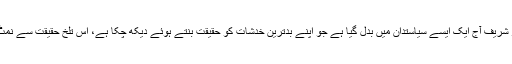
سن دو ہزار میں سیاسی تکالیف سے منہ پھیر لینے والا نواز شریف آج ایک ایسے سیاستدان میں بدل گیا ہے جو اپنے بدترین خدشات کو حقیقت بنتے ہوئے دیکھ چکا ہے، اس تلخ حقیقت سے نمٹ چکا ہے اور اب دن بدن نئی سمتوں کی جانب بڑھ رہا ہے۔